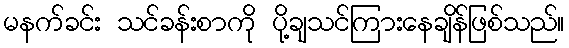
မနက်ခင်း သင်ခန်းစာကို ပို့ချသင်ကြားနေချိန်ဖြစ်သည်။